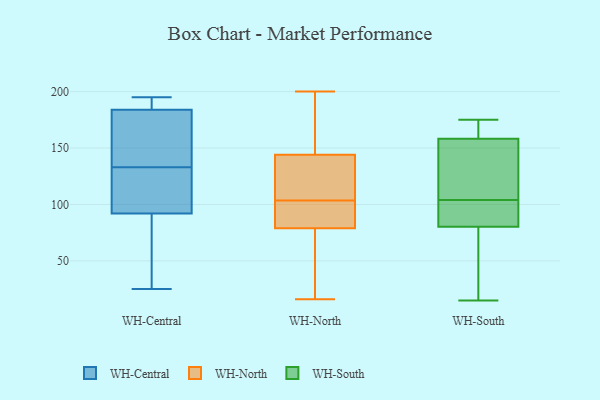
{"axis": {"x": "Page Views", "y": "Value"}, "legend": ["WH-Central", "WH-North", "WH-South"], "data": [{"x": "", "y": 184, "type": "WH-Central"}, {"x": "", "y": 120, "type": "WH-Central"}, {"x": "", "y": 45, "type": "WH-Central"}, {"x": "", "y": 139, "type": "WH-Central"}, {"x": "", "y": 25, "type": "WH-Central"}, {"x": "", "y": 127, "type": "WH-Central"}, {"x": "", "y": 168, "type": "WH-Central"}, {"x": "", "y": 195, "type": "WH-Central"}, {"x": "", "y": 187, "type": "WH-Central"}, {"x": "", "y": 92, "type": "WH-Central"}, {"x": "", "y": 26, "type": "WH-North"}, {"x": "", "y": 84, "type": "WH-North"}, {"x": "", "y": 16, "type": "WH-North"}, {"x": "", "y": 79, "type": "WH-North"}, {"x": "", "y": 117, "type": "WH-North"}, {"x": "", "y": 136, "type": "WH-North"}, {"x": "", "y": 120, "type": "WH-North"}, {"x": "", "y": 42, "type": "WH-North"}, {"x": "", "y": 123, "type": "WH-North"}, {"x": "", "y": 164, "type": "WH-North"}, {"x": "", "y": 200, "type": "WH-North"}, {"x": "", "y": 90, "type": "WH-North"}, {"x": "", "y": 64, "type": "WH-North"}, {"x": "", "y": 168, "type": "WH-North"}, {"x": "", "y": 188, "type": "WH-North"}, {"x": "", "y": 85, "type": "WH-North"}, {"x": "", "y": 84, "type": "WH-North"}, {"x": "", "y": 144, "type": "WH-North"}, {"x": "", "y": 93, "type": "WH-South"}, {"x": "", "y": 15, "type": "WH-South"}, {"x": "", "y": 81, "type": "WH-South"}, {"x": "", "y": 64, "type": "WH-South"}, {"x": "", "y": 159, "type": "WH-South"}, {"x": "", "y": 133, "type": "WH-South"}, {"x": "", "y": 104, "type": "WH-South"}, {"x": "", "y": 80, "type": "WH-South"}, {"x": "", "y": 163, "type": "WH-South"}, {"x": "", "y": 156, "type": "WH-South"}, {"x": "", "y": 175, "type": "WH-South"}]}